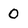
Character: 0